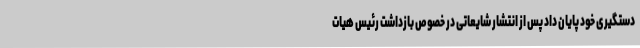
دستگیری خود پایان داد پس از انتشار شایعاتی در خصوص بازداشت رئیس هیات